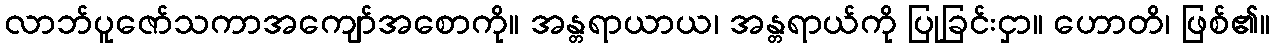
လာဘ်ပူဇော်သကာအကျော်အစောကို။ အန္တရာယာယ၊ အန္တရာယ်ကို ပြုခြင်းငှာ။ ဟောတိ၊ ဖြစ်၏။